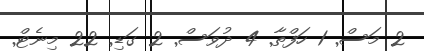
2 މަސް